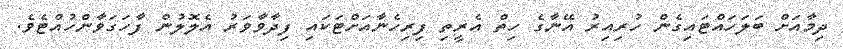
ދިމާއަށް ބަލަހައްޓައިގެން ހުރިއިރު އޭނާގެ ހިތް އެރީތި ފިރިހެނާއަށްޓަކައި ފިދާވާވަރު އެލޮލުން ފާހަގަވާންހުއްޓެވެ.